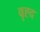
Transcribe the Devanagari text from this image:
वृह्द